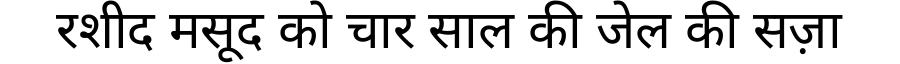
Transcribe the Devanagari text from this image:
रशीद मसूद को चार साल की जेल की सज़ा